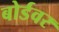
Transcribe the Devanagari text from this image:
बोर्डवर